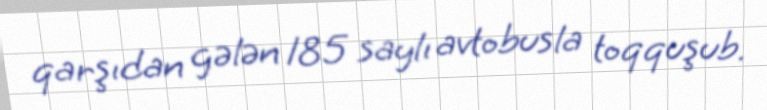
qarşıdan gələn 185 saylı avtobusla toqquşub.